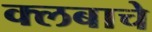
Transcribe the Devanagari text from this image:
क्लबाचे